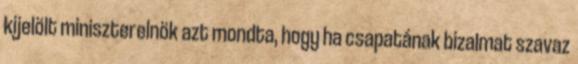
kijelölt miniszterelnök azt mondta, hogy ha csapatának bizalmat szavaz